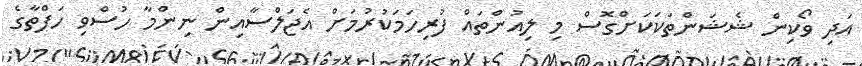
އަދި ވޯކިން ޝެޝަންތަކަކަށްގޮސް މި ލިއުންތައް ފުރިހަމަކުރުމަށް އެޖަލްސާއިން ނިންމާ ހުސްވި ހަފްތާގެ